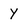
Character: Y